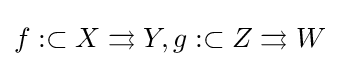
f:\subset X\rightrightarrows Y,g:\subset Z\rightrightarrows W